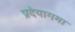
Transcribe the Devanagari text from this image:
प्रदेयागमा